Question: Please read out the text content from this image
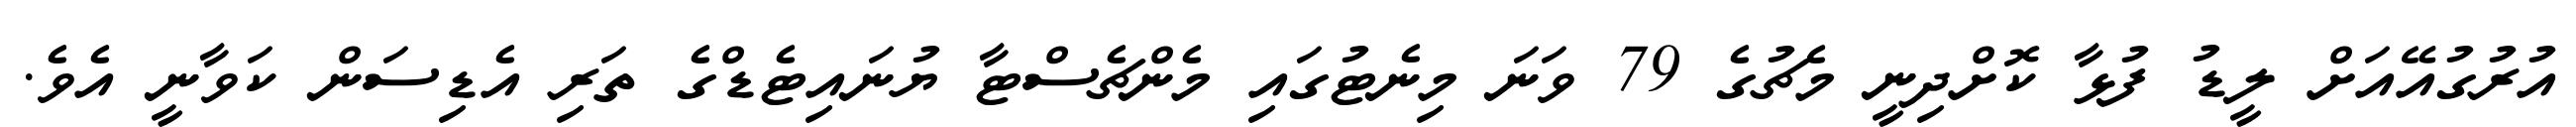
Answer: އުރުގުއޭއަށް ލީޑު ފުޅާ ކޮށްދިނީ މެޗުގެ 79 ވަނަ މިނެޓުގައި މެންޗެސްޓާ ޔުނައިޓެޑްގެ ތަރި އެޑިސަން ކަވާނީ އެވެ.